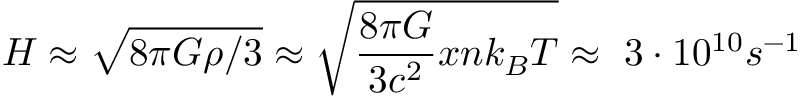
H \approx { \sqrt { 8 \pi G \rho / 3 } } \approx { \sqrt { { \frac { 8 \pi G } { 3 c ^ { 2 } } } x n k _ { B } T } } \approx ~ 3 \cdot 1 0 ^ { 1 0 } s ^ { - 1 }